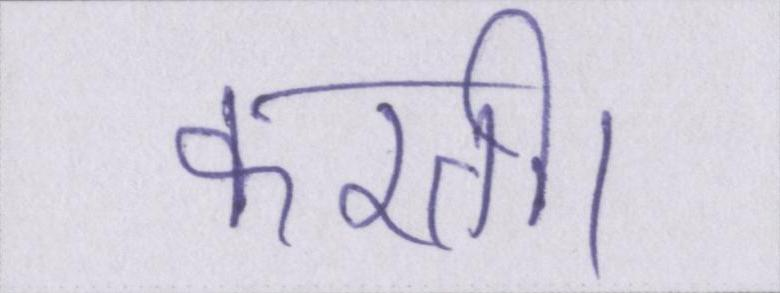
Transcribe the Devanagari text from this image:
करती।